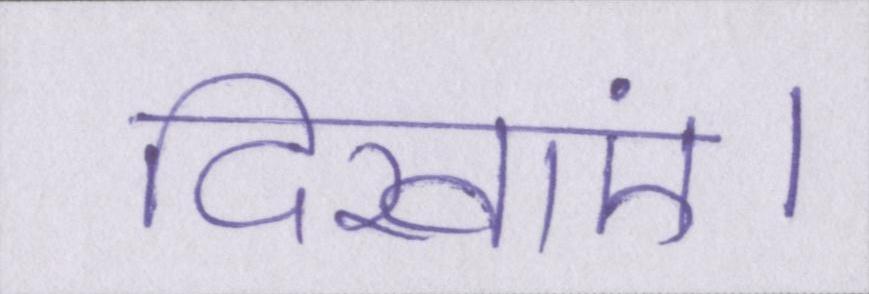
दिखाएं।